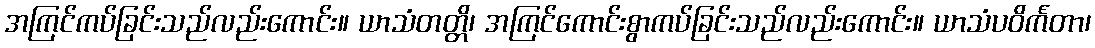
အကြင်ကပ်ခြင်းသည်လည်းကောင်း။ ယာသံတတ္တိ၊ အကြင်ကောင်းစွာကပ်ခြင်းသည်လည်းကောင်း။ ယာသံပဝိင်္ကတာ၊